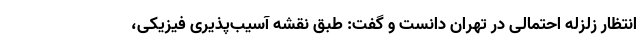
انتظار زلزله احتمالی در تهران دانست و گفت: طبق نقشه آسیب‌پذیری فیزیکی،